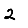
Digit: 2